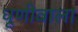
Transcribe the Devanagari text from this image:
धूणीवाला